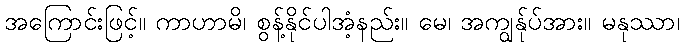
အကြောင်းဖြင့်။ ကာဟာမိ၊ စွန့်နိုင်ပါအံ့နည်း။ မေ၊ အကျွန်ုပ်အား။ မနုဿာ၊